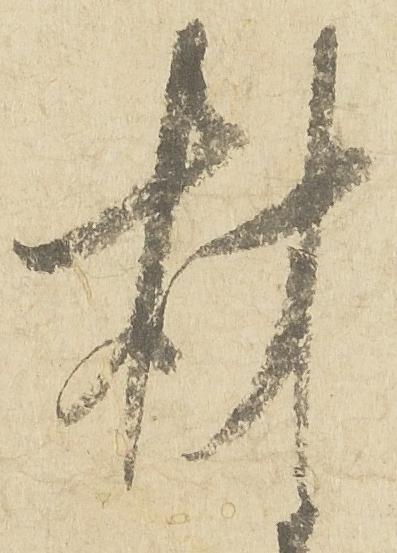
材